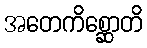
အတေကိစ္ဆောတိ